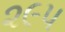
૨૯૫